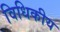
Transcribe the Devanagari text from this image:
विधिकीय